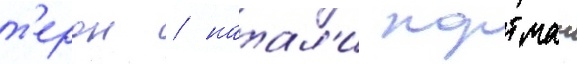
т'ерон / натал'и портман